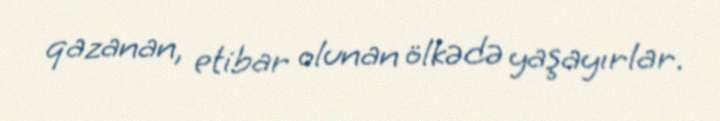
qazanan, etibar olunan ölkədə yaşayırlar.